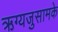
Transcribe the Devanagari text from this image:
ऋग्यजुसामके